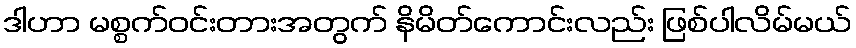
ဒါဟာ မစ္စက်ဝင်းတားအတွက် နိမိတ်ကောင်းလည်း ဖြစ်ပါလိမ်မယ်